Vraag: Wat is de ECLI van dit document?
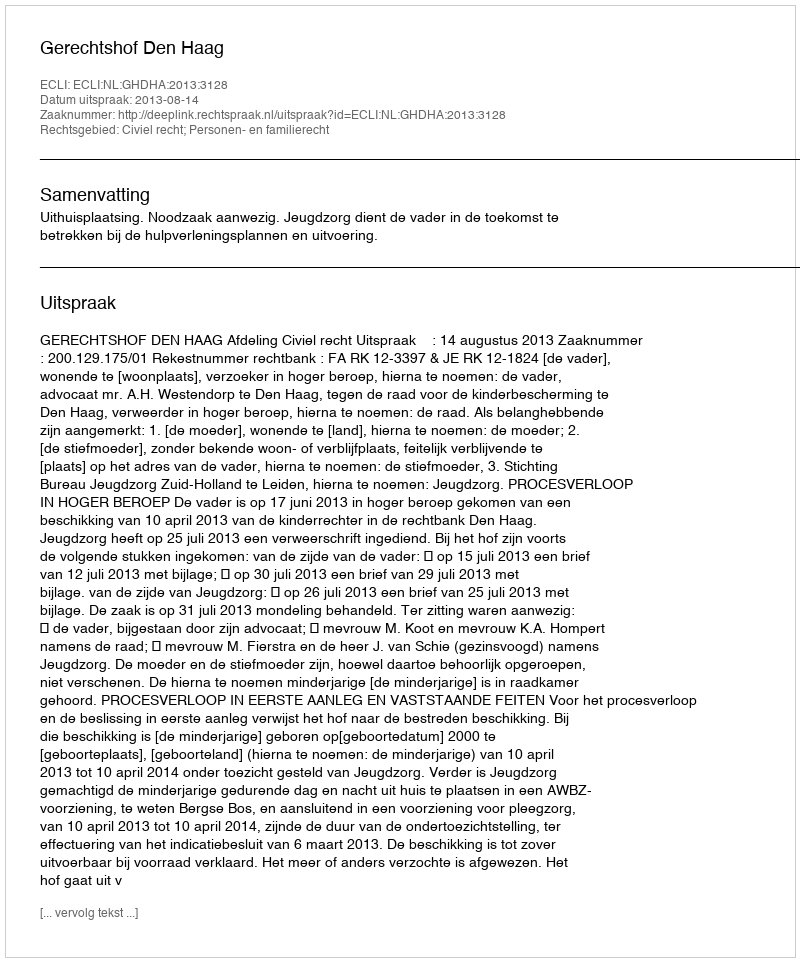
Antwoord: ECLI:NL:GHDHA:2013:3128